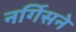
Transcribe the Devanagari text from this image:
नर्गिसने